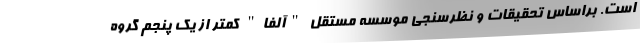
است. براساس تحقیقات و نظرسنجی موسسه مستقل "آلفا" کمتر از یک پنجم گروه